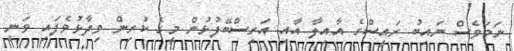
ނަމަވެސް ނައިބު ރައީސްގެ އާއިލާ އާއި އަރިސްބޭފުޅުން މީގެ ކުރިން ވިދާޅުވެފައި ވަނީ